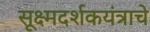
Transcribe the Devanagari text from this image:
सूक्ष्मदर्शकयंत्राचे